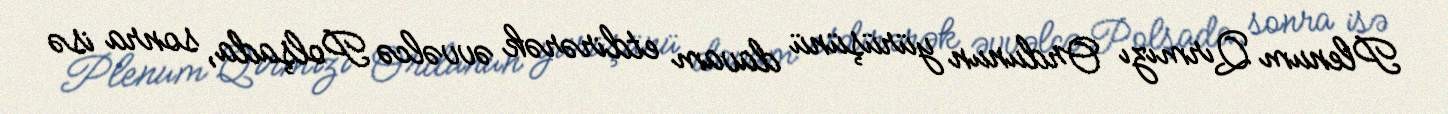
Plenum Qırmızı Ordunun yürüşünü davam etdirərək əvvəlcə Polşada, sonra isə